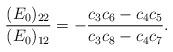
LaTeX: \begin{align*} \frac{(E_0)_{22}}{(E_0)_{12}}=-\frac{c_3c_6-c_4c_5}{c_3c_8-c_4c_7}.\end{align*}